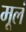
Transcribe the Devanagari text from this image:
मूलं